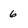
Character: 6